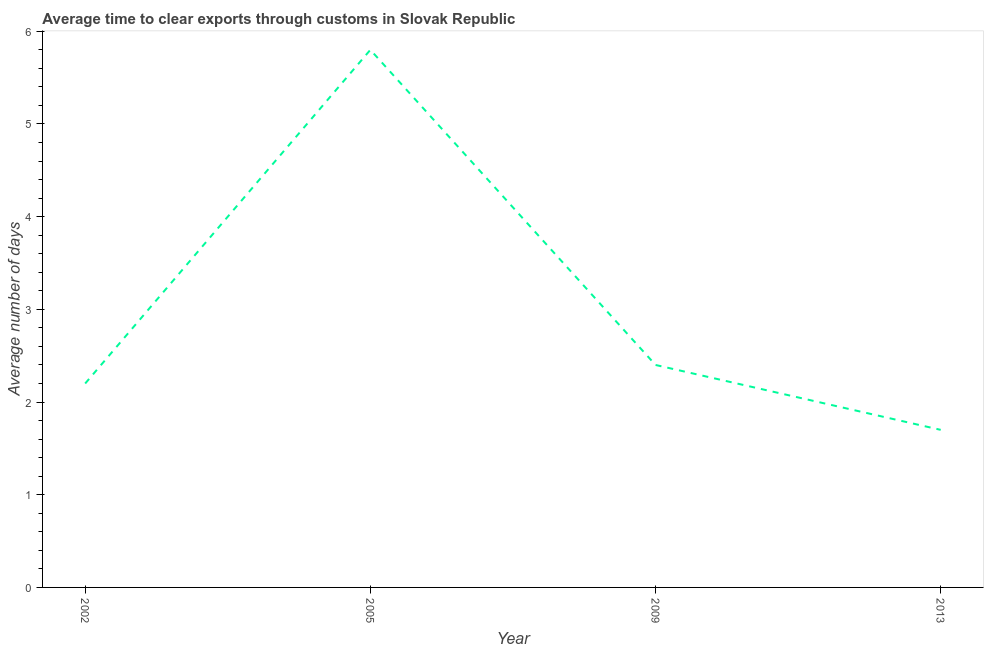
| Year | Time to clear exports through customs |
 | --- | --- |
 | 2002 | 2.2 |
 | 2005 | 5.8 |
 | 2009 | 2.4 |
 | 2013 | 1.7 |